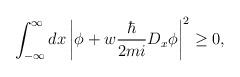
LaTeX: \begin{align*}\int^\infty_{-\infty} dx \left | \phi + w \frac{\hbar}{2 m i}D_x \phi\right|^2\ge 0,\end{align*}